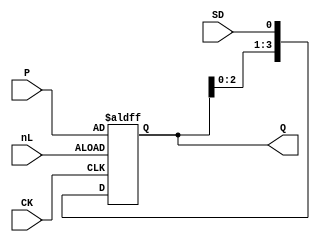
// This program was cloned from: https://github.com/furrtek/Arcade-TMNT_MiSTer
// License: GNU General Public License v2.0

// Fujitsu AV cell
// 4-bit Shift Register With Asynchronous Load
// furrtek 2022

`timescale 1ns/100ps

module FS3(
	input CK,
	input [3:0] P,
	input SD, nL,
	output reg [3:0] Q = 4'd0
);
	
	always @(posedge CK, negedge nL) begin
		if (!nL)
			Q <= #2 P;					// Load tmax = 8.1ns
		else
			Q <= #1 {Q[2:0], SD};	// Shift tmax = 6.1ns
	end

endmodule